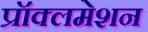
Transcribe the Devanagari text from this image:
प्रॉक्लमेशन